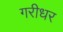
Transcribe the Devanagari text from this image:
गरीधर